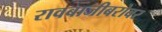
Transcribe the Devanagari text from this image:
रावबाजीबरोबर